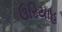
ઉરિયાહ